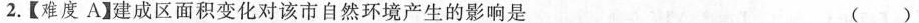
2.【难度A】建成区面积变化对该市自然环境产生的影响是( )